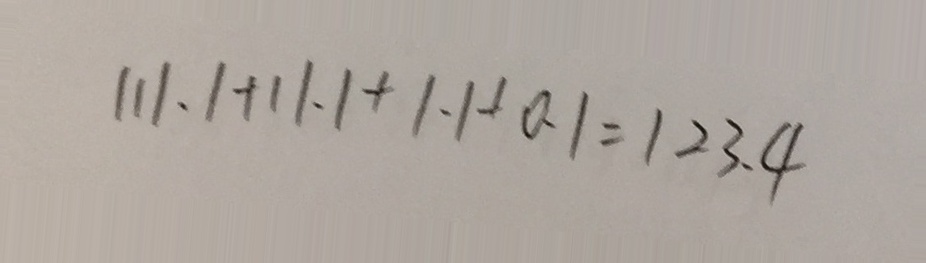
1 1 1 . 1 + 1 1 . 1 + 1 . 1 + 0 . 1 = 1 2 3 . 4